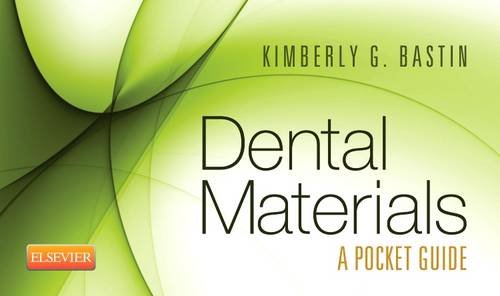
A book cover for Dental Materials: A Pocket Guide, 1e; SAUNDERS; Medical Books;